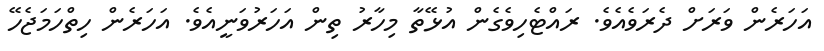
އަހަރެން ވަރަށް ދެރަވެއެވެ. ރައްޓެހިވެގެން އުޅޭތާ މިހާރު ތިން އަހަރުވަނީއެވެ. އަހަރެން ހިތްހަމަޖެހޭ